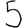
Digit: 5